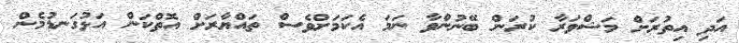
އަދި އިތުރަށް މަޝްވަރާ ކުރަން ބޭނުންވާ ނަމަ އެކަމަށްވެސް ތައްޔާރަށް އޮތްކަން އަޅުގަނޑުމެން